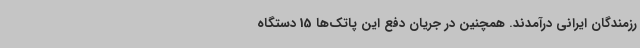
رزمندگان ایرانی درآمدند. همچنین در جریان دفع این پاتک‌ها 15 دستگاه